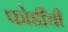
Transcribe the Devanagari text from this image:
फोडींची